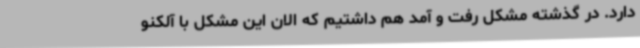
دارد. در گذشته مشکل رفت و آمد هم داشتیم که الان این مشکل با آلکنو